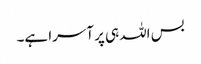
بس اللہ ہی پر آسرا ہے۔